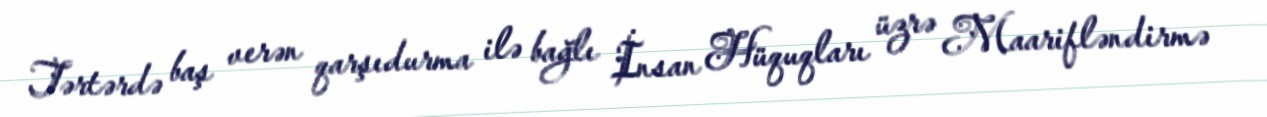
Tərtərdə baş verən qarşıdurma ilə bağlı İnsan Hüquqları üzrə Maarifləndirmə